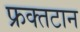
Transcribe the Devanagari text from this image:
फ्रक्तटान